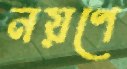
নয়ণে